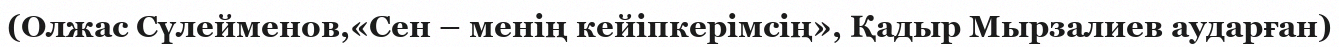
(Олжас Сүлейменов,«Сен – менің кейіпкерімсің», Қадыр Мырзалиев аударған)